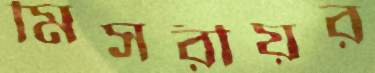
মিসরীয়র